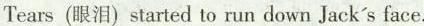
Tears (眼泪)started to run down Jack's face.